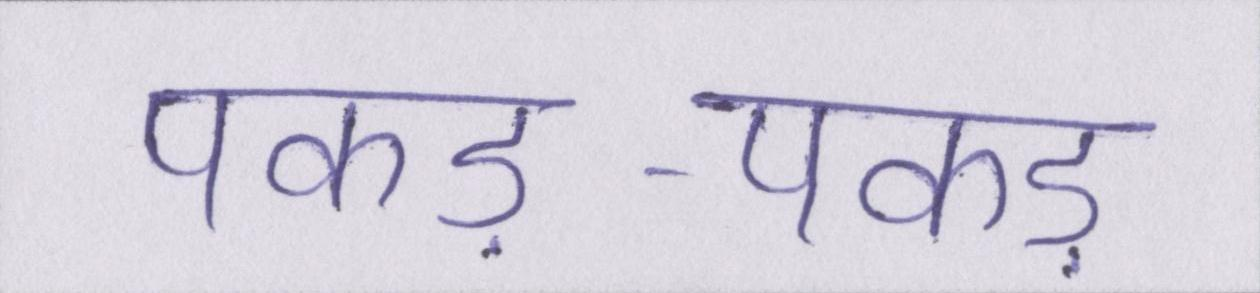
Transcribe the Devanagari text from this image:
पकड़-पकड़